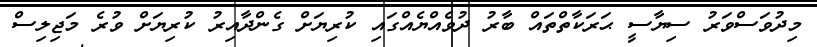
މިދުވަސްވަރު ސިޔާސީ ޙަރަކާތްތައް ބާރު ދުވެއްޔެއްގައި ކުރިޔަށް ގެންދާއިރު ކުރިޔަށް ވުރެ މަޖިލިސް